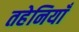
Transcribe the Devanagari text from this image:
तहेनियाँ